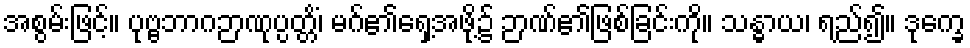
အစွမ်းဖြင့်။ ပုဗ္ဗဘာဂဉာဏုပ္ပတ္တိံ၊ မဂ်၏ရှေ့အဖို့၌ ဉာဏ်၏ဖြစ်ခြင်းကို။ သန္ဓာယ၊ ရည်၍။ ဒုက္ခေ